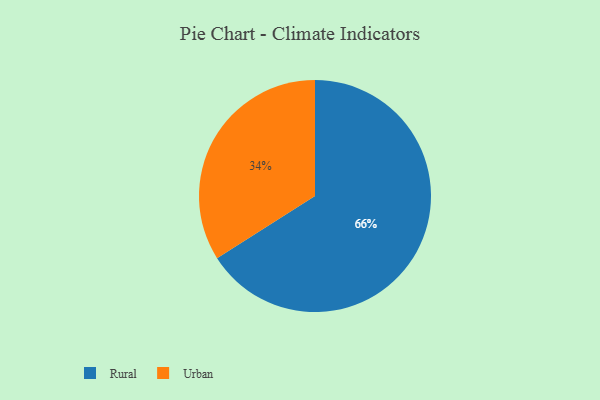
{"axis": {"x": "Category", "y": "Percentage"}, "legend": ["Rural", "Urban"], "data": [{"x": "Urban", "y": 34, "type": "Urban"}, {"x": "Rural", "y": 66, "type": "Rural"}]}